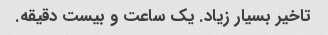
تاخیر بسیار زیاد. یک ساعت و بیست دقیقه.